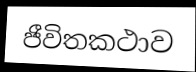
ජීවිතකථාව